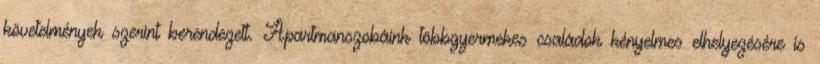
követelmények szerint berendezett. Apartmanszobáink többgyermekes családok kényelmes elhelyezésére is